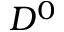
D ^ { 0 }